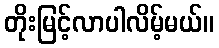
တိုးမြင့်လာပါလိမ့်မယ်။